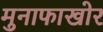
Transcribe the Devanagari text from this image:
मुनाफाखोर